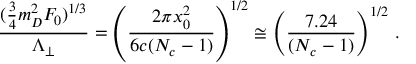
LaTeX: \frac { ( \frac { 3 } { 4 } m _ { D } ^ { 2 } F _ { 0 } ) ^ { 1 / 3 } } { \Lambda _ { \perp } } = \left( \frac { 2 \pi x _ { 0 } ^ { 2 } } { 6 c ( N _ { c } - 1 ) } \right) ^ { 1 / 2 } \cong \left( \frac { 7 . 2 4 } { ( N _ { c } - 1 ) } \right) ^ { 1 / 2 } \, .